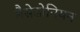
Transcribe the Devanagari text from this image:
मैसेडोनियन